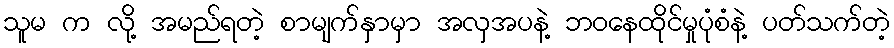
သူမ က လို့ အမည်ရတဲ့ စာမျက်နှာမှာ အလှအပနဲ့ ဘဝနေထိုင်မှုပုံစံနဲ့ ပတ်သက်တဲ့